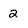
Character: 2